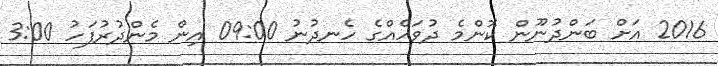
2016 އަށް ބަންދުނޫން ކޮންމެ ދުވަހެއްގެ ހެނދުނު 09:00 އިން މެންދުރުފަހު 3:00